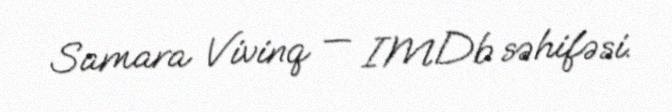
Samara Vivinq — IMDb səhifəsi.